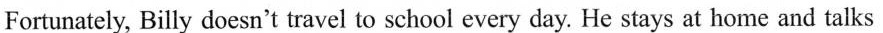
Fortunately, Billy doesn't travel to school every day. He stays at home and talks